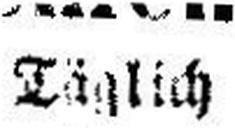
Täglich